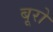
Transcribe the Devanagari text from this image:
बूरो